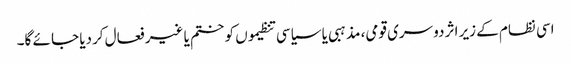
اسی نظام کے زیر اثر دوسری قومی، مذہبی یا سیاسی تنظیموں کو ختم یا غیر فعال کردیا جا ئے گا۔